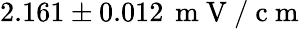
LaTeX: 2.161\pm 0.012\, \mathrm{~m~V~/~c~m~}